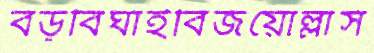
বড়বিঘাইবিজয়োল্লাস